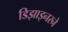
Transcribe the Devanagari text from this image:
डिझाइनरने